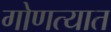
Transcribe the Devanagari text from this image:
गोणत्यात